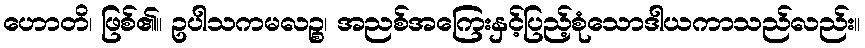
ဟောတိ၊ ဖြစ်၏။ ဥပါသကမလဉ္စ၊ အညစ်အကြေးနှင့်ပြည့်စုံသောဒါယကာသည်လည်း။